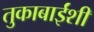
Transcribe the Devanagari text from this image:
तुकाबाईंशी